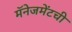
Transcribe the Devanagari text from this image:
मॅनेजमेंटची